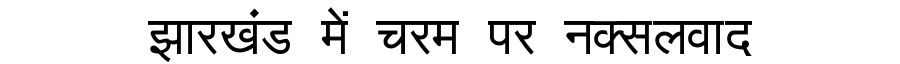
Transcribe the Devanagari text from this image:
झारखंड में चरम पर नक्सलवाद